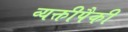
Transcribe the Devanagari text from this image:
व्यक्तीपैकी